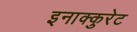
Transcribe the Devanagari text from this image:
इनाक्कुरेट